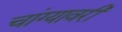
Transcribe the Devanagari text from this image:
चांग्यावरी